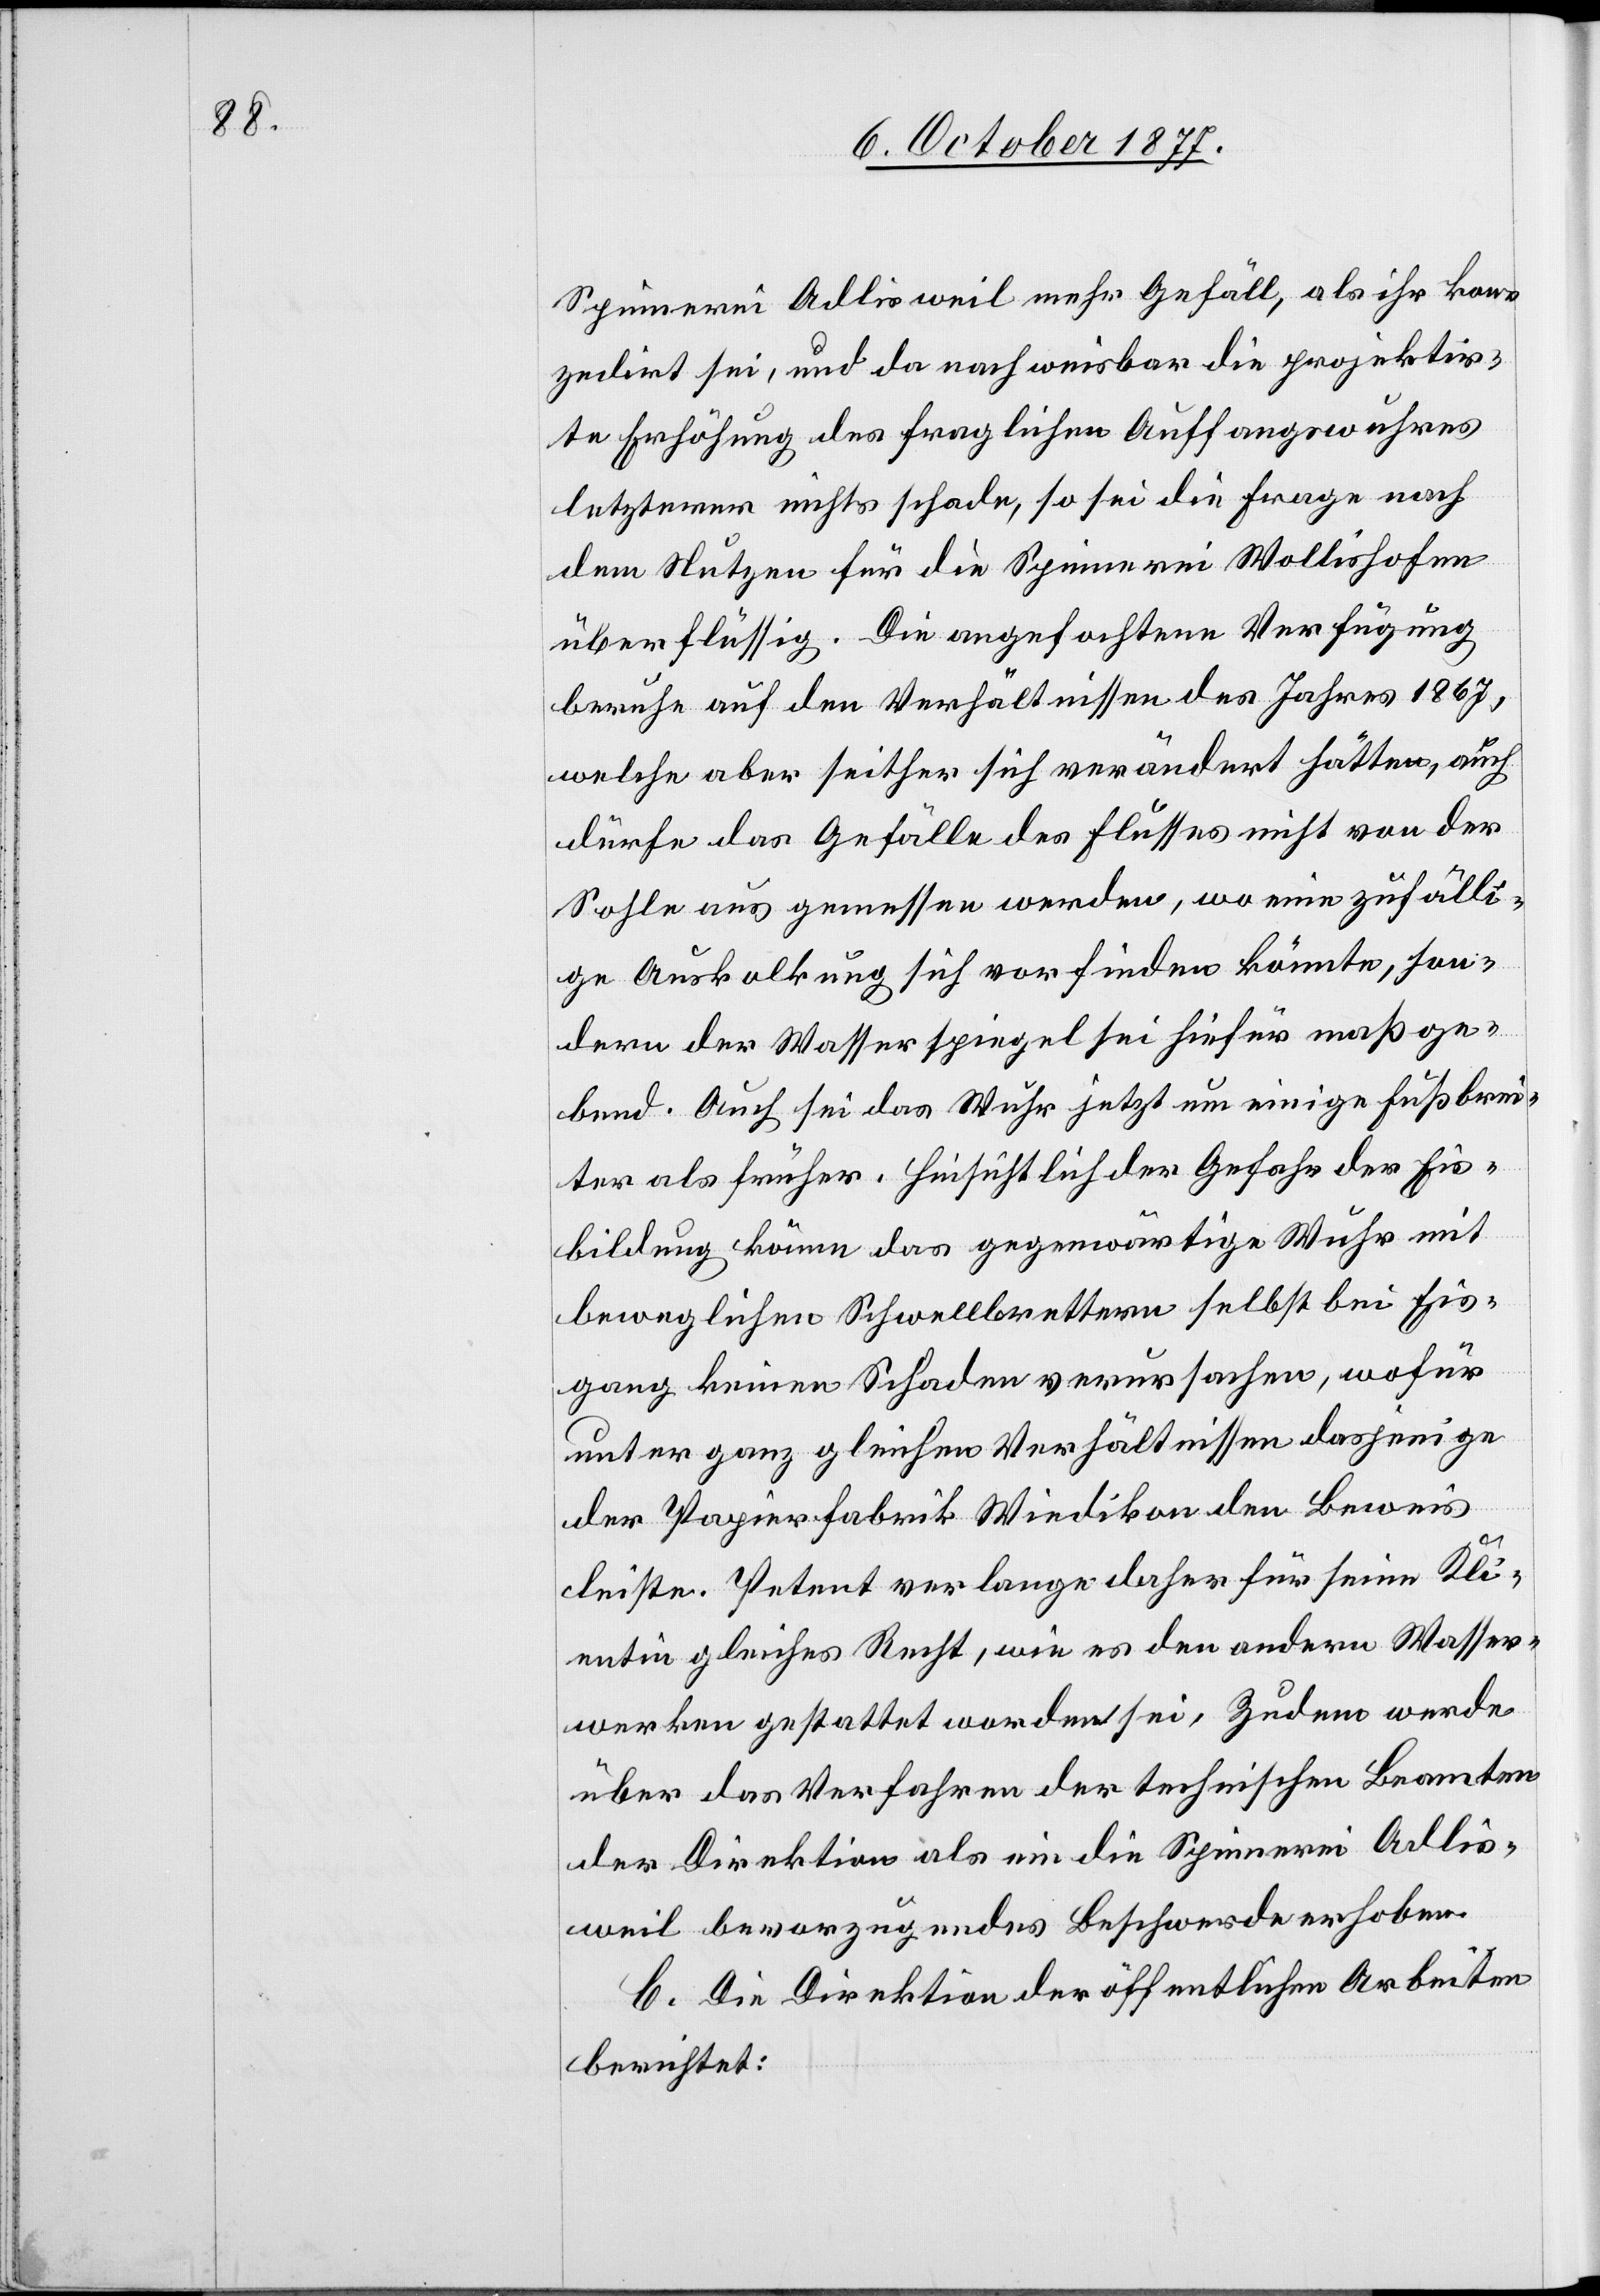
Spinnerei Adlisweil mehr Gefäll, als ihr kon¬
zedirt sei, und da nachweisbar die projektir¬
te Erhöhung des fraglichen Auffangswuhres
letzterer nichts schade, so sei die Frage nach
dem Nutzen für die Spinnerei Wollishofen
überflüssig. Die angefochtene Verfügung
beruhe auf den Verhältnissen des Jahres 1867,
welche aber seither sich verändert hätten, auch
dürfe das Gefälle des Flusses nicht von der
Sohle aus gemessen werden, wo eine zufälli¬
ge Auskolkung sich vorfinden könnte, son¬
dern der Wasserspiegel sei hiefür maßge¬
bend. Auch sei das Wuhr jetzt um einige Fuß brei¬
ter als früher. Hinsichtlich der Gefahr der Eis¬
bildung könne das gegenwärtige Wuhr mit
beweglichen Schwellbrettern selbst bei Eis¬
gang keinen Schaden verursachen, wofür
unter ganz gleichen Verhältnissen dasjenige
der Papierfabrik Wiedikon den Beweis
leiste. Petent verlange daher für seine Kli¬
entin gleiches Recht, wie es den andern Wasser¬
werken gestattet worden sei. Zudem werde
über das Verfahren der technischen Beamten
der Direktion als ein die Spinnerei Adlis¬
weil bevorzugendes Beschwerde erhoben.
C. Die Direktion der öffentlichen Arbeiten
berichtet: